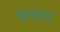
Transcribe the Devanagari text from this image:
कुम्हला